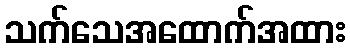
သက်သေအထောက်အထား